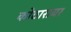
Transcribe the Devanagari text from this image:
कोठारावर